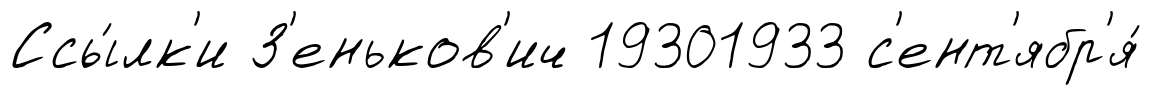
Ссы́лк'и З'еньков'ич 19301933 с'ент'ябр'я́